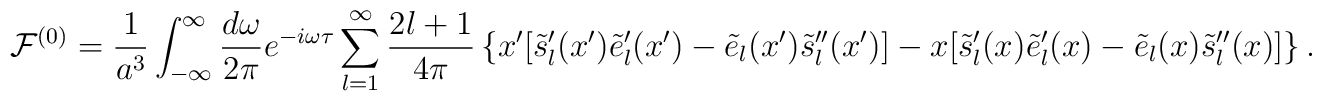
{\cal F}^{(0)}={1\over a^3}\int_{-\infty}^\infty{d\omega\over 2\pi} e^{-i\omega\tau}\sum_{l=1}^\infty{2l+1\over4\pi}\left\{x'[\tilde s_l'(x')\tilde e_l'(x')-\tilde e_l(x')\tilde s_l''(x')]-x[\tilde s_l'(x)\tilde e_l'(x)-\tilde e_l(x)\tilde s_l''(x)]\right\}.